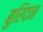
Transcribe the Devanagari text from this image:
बुरिदन